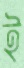
ই